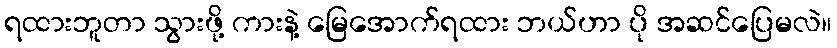
ရထားဘူတာ သွားဖို့ ကားနဲ့ မြေအောက်ရထား ဘယ်ဟာ ပို အဆင်ပြေမလဲ။